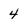
Character: 4